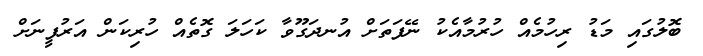
ބޮލުގައި މަޑު ރިހުމެއް ހުރުމާއެކު ނޭފަތަށް އުނދަގޫވާ ކަހަލަ ގޮތެއް ހުރިކަން އަރުފީނަށް